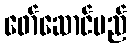
ဖော်ဆောင်မည်